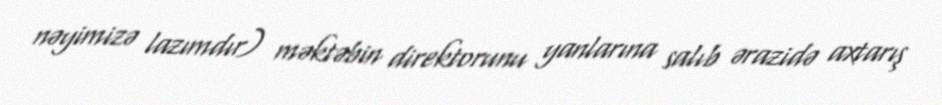
nəyimizə lazımdır) məktəbin direktorunu yanlarına salıb ərazidə axtarış